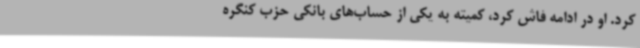
کرد. او در ادامه فاش کرد، کمیته به یکی از حساب‌های بانکی حزب کنگره